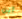
أين